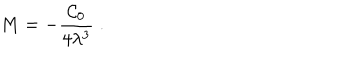
M = - \frac { \mathcal { C } _ { 0 } } { 4 \lambda ^ { 3 } } \; .